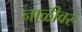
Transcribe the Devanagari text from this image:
नाळीवर